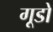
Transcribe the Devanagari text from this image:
गूडो